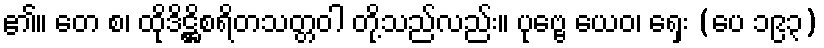
၏။ တေ စ၊ ထိုဒိဋ္ဌိစရိတသတ္တဝါ တို့သည်လည်း။ ပုဗ္ဗေ ယေဝ၊ ရှေး (ပေ ၁၉၃)